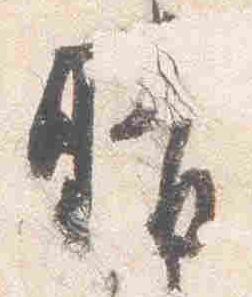
晴